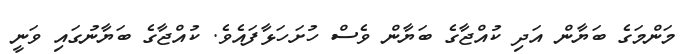
މަންމަގެ ބަޔާން އަދި ކުއްޖާގެ ބަޔާން ވެސް ހުށަހަޅާފައެވެ. ކުއްޖާގެ ބަޔާނުގައި ވަނީ